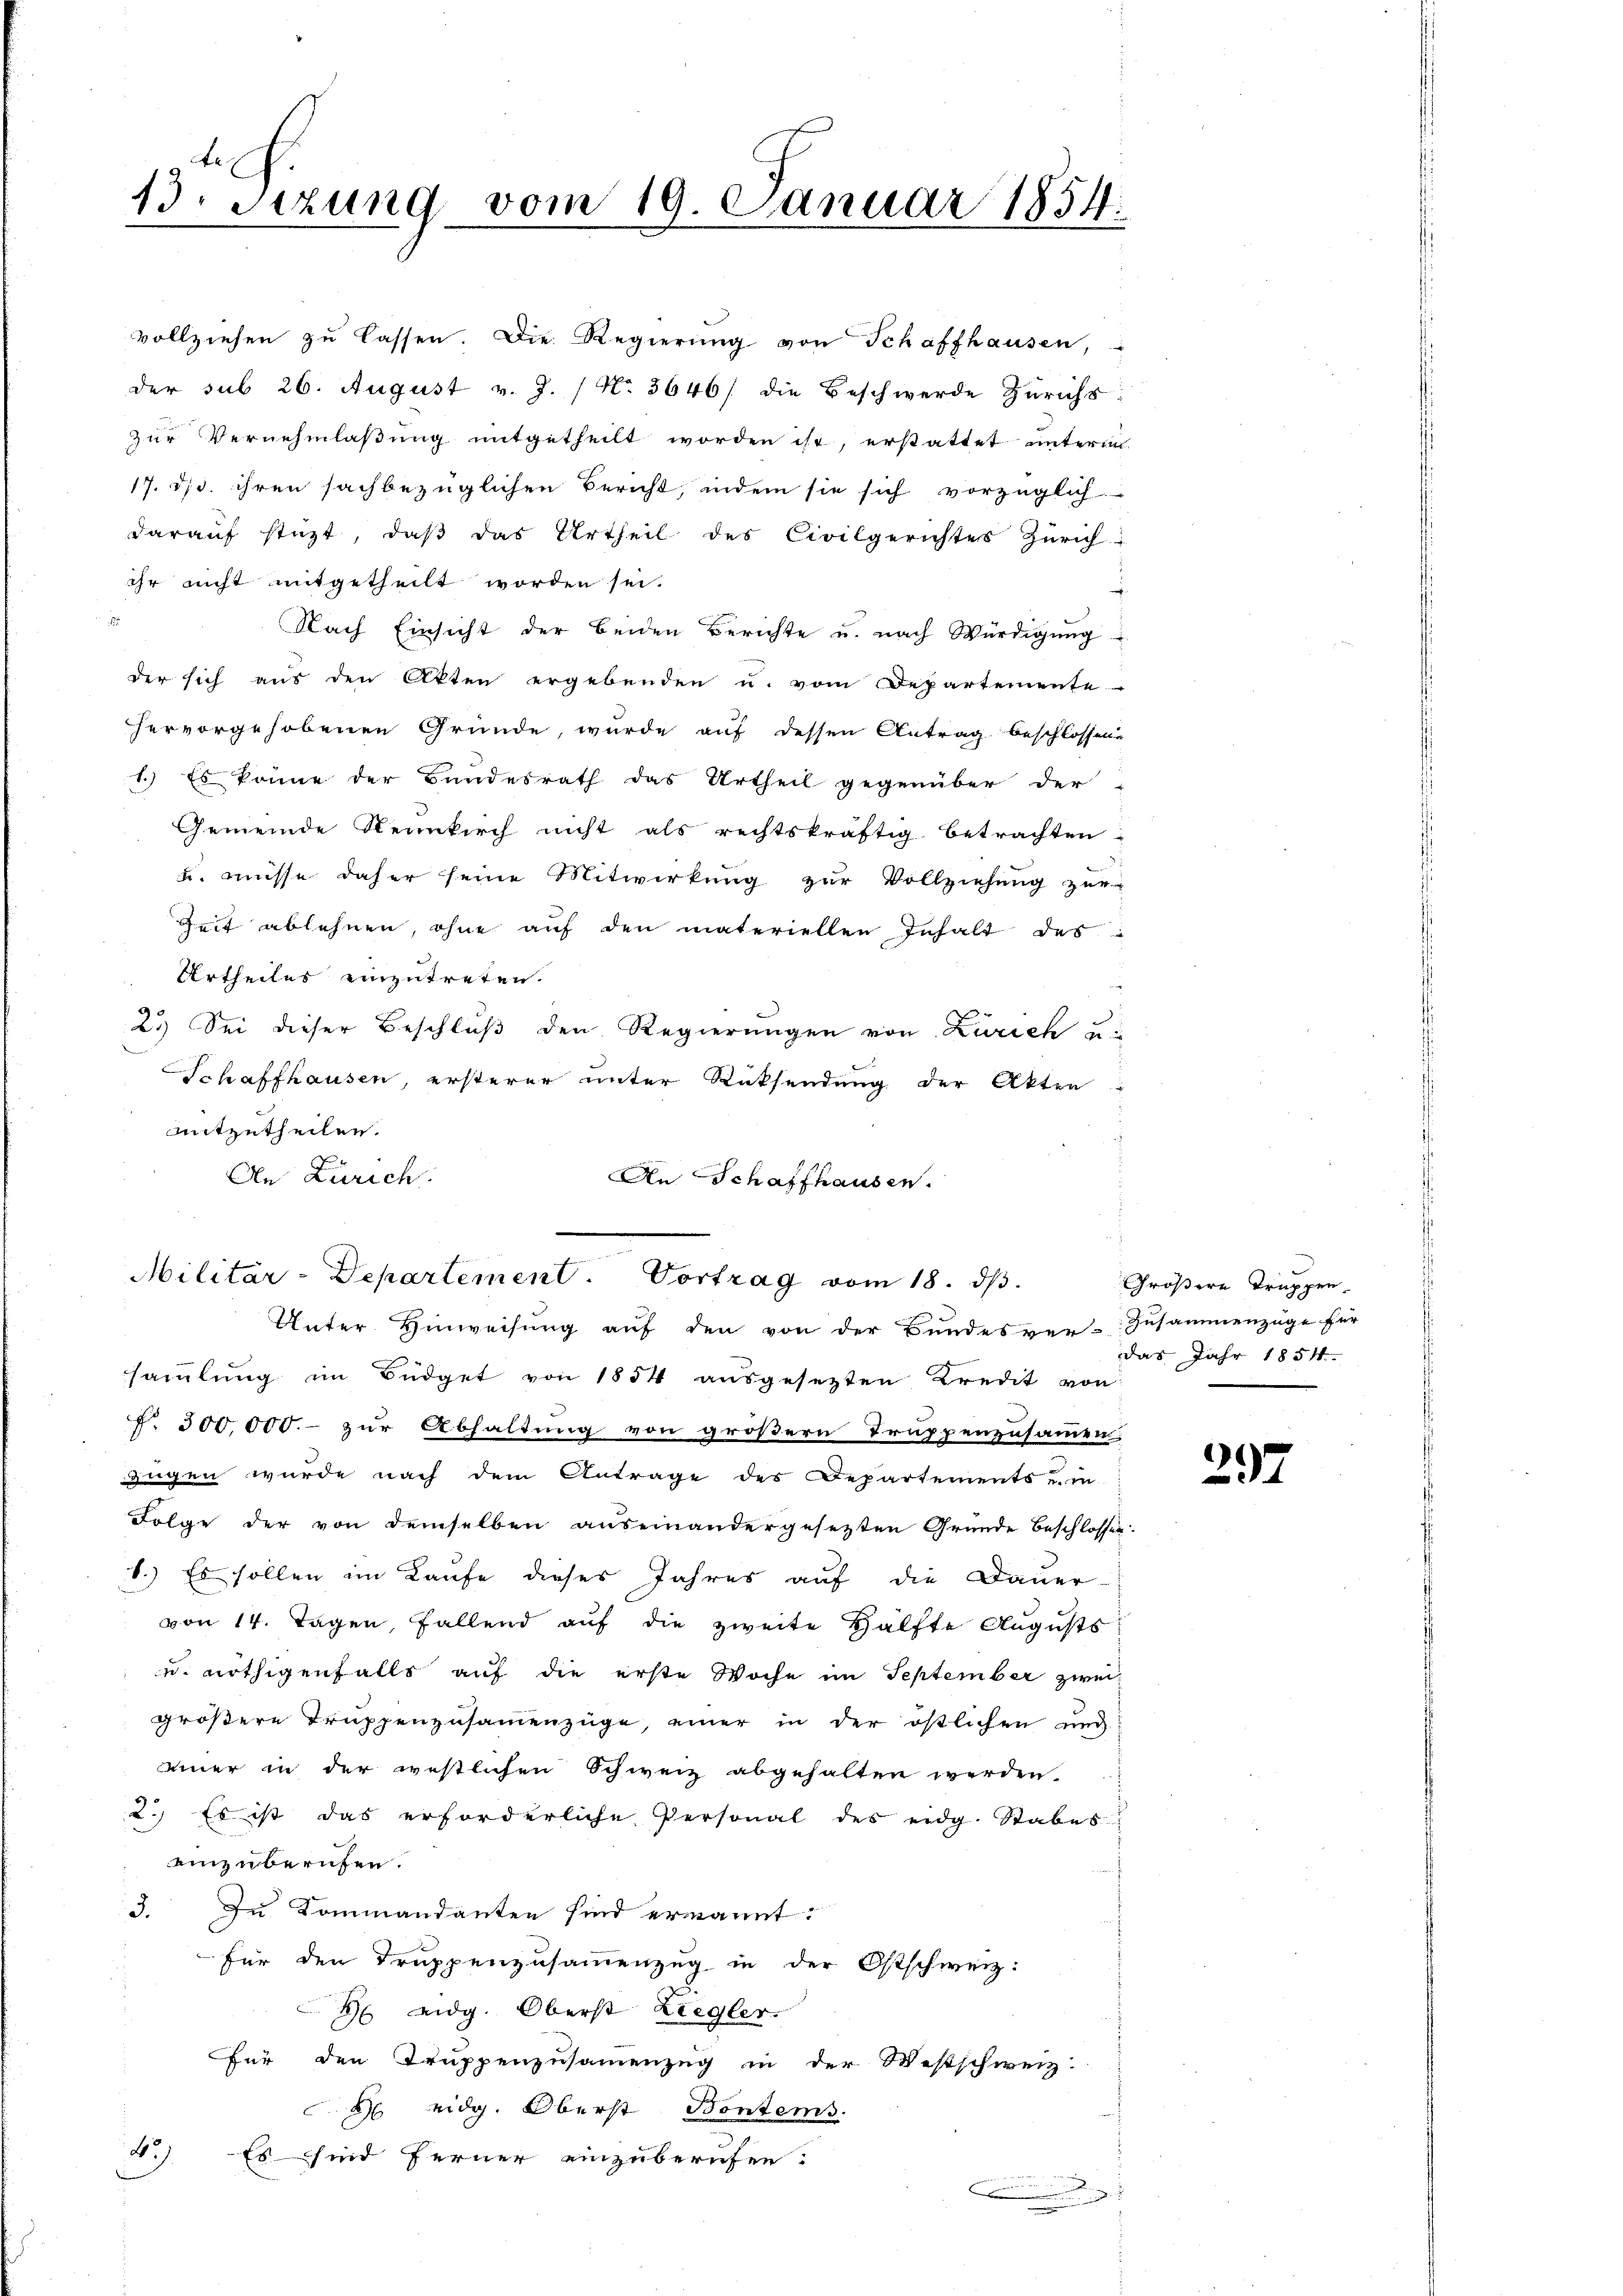
13. Sizung vom 19. Januar 1854.

Militär-Departement. Vortrag vom 18. dβ.
Unter Hinweisung auf den von der Bundesver-Zusammenzüge für

vollziehen zŭ lassen. Die Regierŭng von Schaffhausen,
der sub 26. August v. J. / No. 3646/ die Beschwerde Zürichs
zur Vernehmlaßung mitgetheilt worden ist, erstattet unterm
17. ds. ihren sachbezüglichen Bericht, indem sie sich vorzüglich
darauf stüzt, daß das Urtheil des Civilgerichtes Zürich-
ihr nicht mitgetheilt worden sei.
Nach Einsicht der beiden Berichte u. nach Würdigung
der sich aus den Akten ergebenden u. vom Departemente
hervorgehobenen Gründe, wurde auf dessen Antrag beschlossene
1.) Es könne der Bundesrath das Urtheil gegenüber der
Gemeinde Neunkirch nicht als rechtskräftig betrachten
u. müsse daher seine Mitwirkung zur Vollziehung zur
Zeit ablehnen, ohne auf den materiellen Inhalt des
Urtheiles einzutreten.
2.) Sei dieser Beschluß den Regierungen von Zürich u.
Schaffhausen, ersterer unter Rücksendung der Akten
mitzutheilen.
An Zürich.
An Schaffhausen.

sammlung im Büdget von 1854 ausgesetzten Kredit von
§. 300,000.- zur Abhaltung von größern Truppenzusammen.
zügen wurde nach dem Antrage des Departements u. in
Folge der von demselben auseinandergesetzten Gründe Beschlossen:
8.) Es sollen im Laufe dieses Jahres auf die Dauer-
von 14. Tagen, fallend auf die zweite Hälfte Augusts
ud nöthigenfalls auf die erste Woche im September zweigrößere Truppenzusammenzüge, einer in der östlichen und
einer in der westlichen Schweiz abgehalten werden.
2.) Es ist das erforderliche Personal des eidg. Stabes
einzuberufen.
3. Zu Kommandanten sind ernannt:
für den Truppenzusammenzug in der Ostschweiz:
 eidg. Oberst Ziegler.
Für den Truppenzusammenzug in der Westschweiz.
 eidg. Oberst Bontems.
4.) Es sind ferner einzuberufen.
.

Größere Truppen
das Jahr 1854.

297